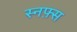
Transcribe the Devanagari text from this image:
स्नफ़्स